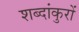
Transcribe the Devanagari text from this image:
शब्दांकुरों